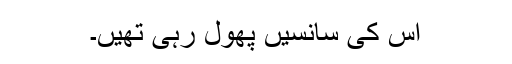
اس کی سانسیں پھول رہی تھیں۔